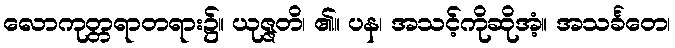
လောကုတ္တရာတရား၌။ ယုဇ္ဇတိ၊ ၏။ ပန၊ အသင့်ကိုဆိုအံ့။ အသင်္ခတေ၊